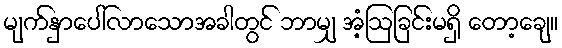
မျက်နှာပေါ်လာသောအခါတွင် ဘာမျှ အံ့ဩခြင်းမရှိ တော့ချေ။